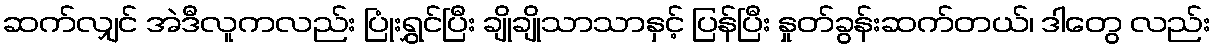
ဆက်လျှင် အဲဒီလူကလည်း ပြုံးရွှင်ပြီး ချိုချိုသာသာနှင့် ပြန်ပြီး နှုတ်ခွန်းဆက်တယ်၊ ဒါတွေ လည်း